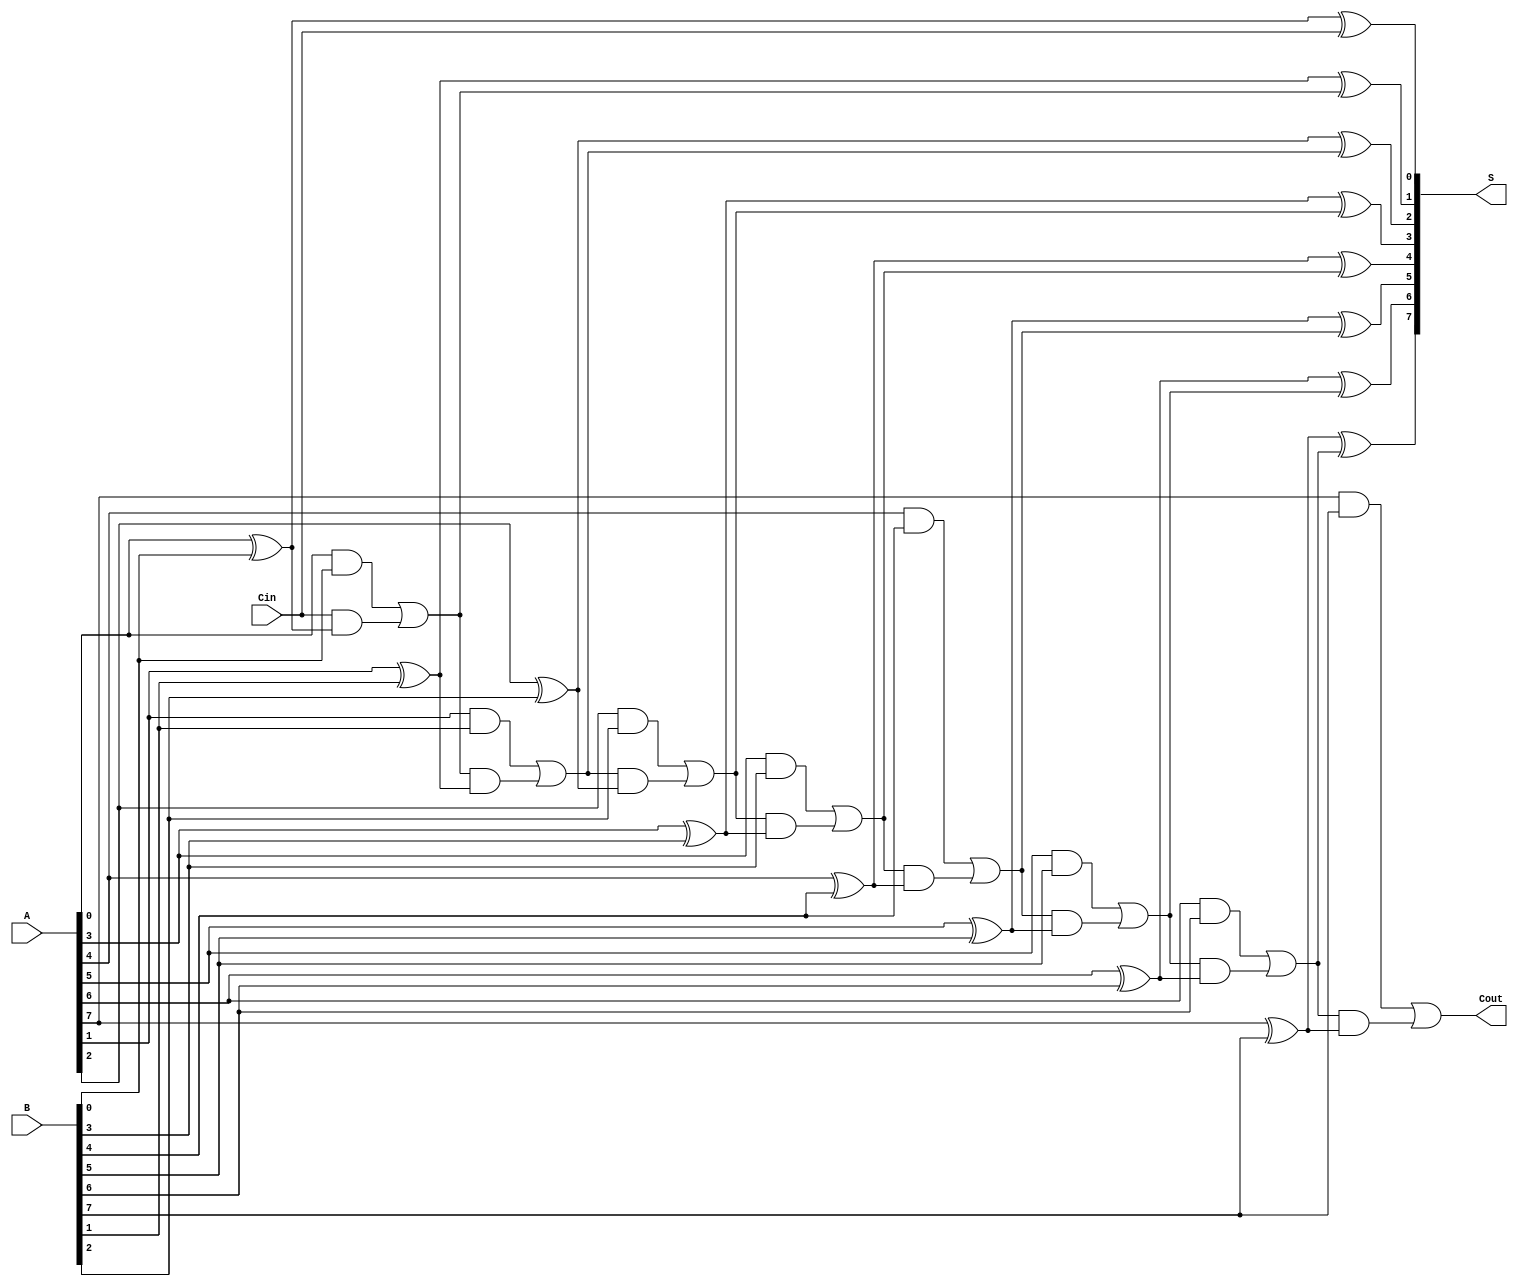
module ling_adder #(parameter N = 8) (
    input  wire [N-1:0] A,      // First n-bit binary number
    input  wire [N-1:0] B,      // Second n-bit binary number
    input  wire Cin,             // Carry-in bit
    output wire [N-1:0] S,       // n-bit sum output
    output wire Cout             // Carry-out bit
);

    wire [N:0] C;               // Carry signals (C[0] = Cin)
    
    // Generate carry signals
    assign C[0] = Cin;           // Initial carry-in
    genvar i;
    generate
        for (i = 0; i < N; i = i + 1) begin : carry_generation
            assign C[i + 1] = (A[i] & B[i]) | (C[i] & (A[i] ^ B[i]));
        end
    endgenerate

    // Calculate sum
    generate
        for (i = 0; i < N; i = i + 1) begin : sum_calculation
            assign S[i] = A[i] ^ B[i] ^ C[i];
        end
    endgenerate

    // Carry-out is the last carry signal
    assign Cout = C[N];

endmodule